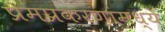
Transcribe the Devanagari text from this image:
प्रेमप्रकरणांमध्ये